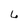
Character: 6